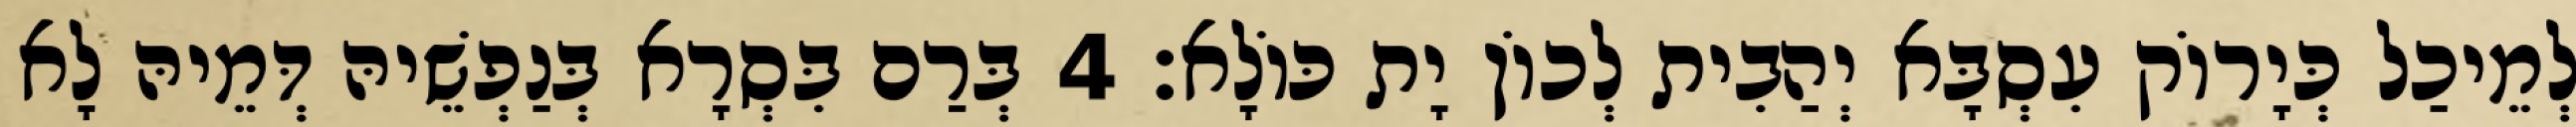
לְמֵיכַל כְּיָרוֹק עִסְבָּא יְהַבִית לְכוֹן יָת כּוֹלָא׃ 4 בְּרַם בִּסְרָא בְּנַפְשֵׁיהּ דְּמֵיהּ לָא